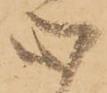
心